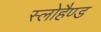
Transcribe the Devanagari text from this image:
स्लोहैण्ड